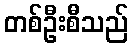
တစ်ဦးစီသည်